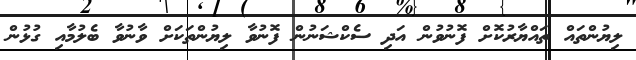
ލިޔުންތައް ތައްޔާރުކޮށް ފޮނުވުން އަދި ސެކްޝަނުން ފޮނުވާ ލިޔުންތަކަށް ވާނުވާ ބެލުމާއި ގުޅުން